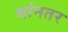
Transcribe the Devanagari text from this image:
यांनतर